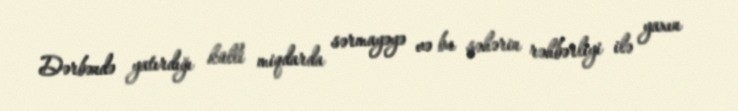
Dərbəndə yatırdığı külli miqdarda sərmayəyə və bu şəhərin rəhbərliyi ilə yaxın